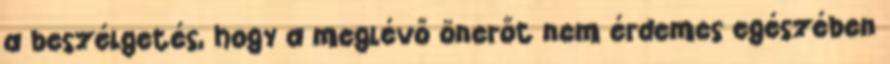
a beszélgetés, hogy a meglévő önerőt nem érdemes egészében